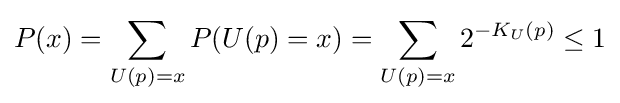
P(x)=\sum _{U(p)=x}P(U(p)=x)=\sum _{U(p)=x}2^{-K_{U}(p)}\leq 1